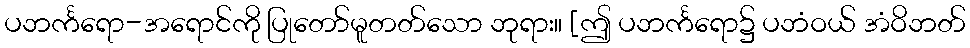
ပဘင်္ကရော-အရောင်ကို ပြုတော်မူတတ်သော ဘုရား။ [ဤ ပဘင်္ကရော၌ ပဘံဝယ် အံဝိဘတ်